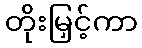
တိုးမြှင့်ကာ